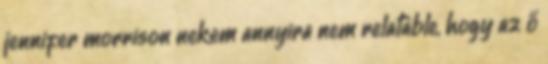
jennifer morrison nekem annyira nem relatable, hogy az ő